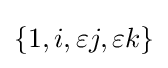
\{1,i,\varepsilon j,\varepsilon k\}